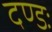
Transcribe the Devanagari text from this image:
दण्डः